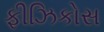
ફીઝિકોસ